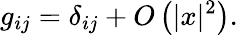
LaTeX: g_{ij}=\delta_{ij}+O\left(|x|^{2}\right).